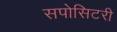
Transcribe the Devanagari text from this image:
सपोसिटरी